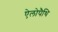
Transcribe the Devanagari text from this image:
ऐलोपैथि